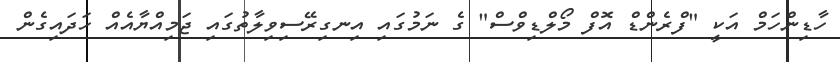
ހާޑިންހަމް އަކީ "ފްރެންޑް އޮފް މޯލްޑިވްސް" ގެ ނަމުގައި އިނގިރޭސިވިލާތުގައި ޖަމިއްޔާއެއް ހަދައިގެން